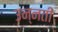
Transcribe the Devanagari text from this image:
उन्‍नती